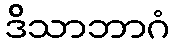
ဒိသာဘာဂံ